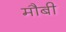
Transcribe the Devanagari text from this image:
मौबी